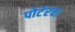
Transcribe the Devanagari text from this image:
पोर्टरचा